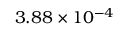
3 . 8 8 \times 1 0 ^ { - 4 }